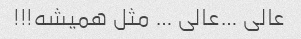
عالی …عالی … مثل همیشه!!!